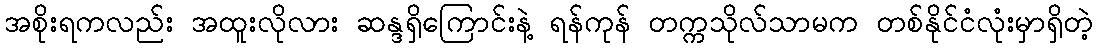
အစိုးရကလည်း အထူးလိုလား ဆန္ဒရှိကြောင်းနဲ့ ရန်ကုန် တက္ကသိုလ်သာမက တစ်နိုင်ငံလုံးမှာရှိတဲ့